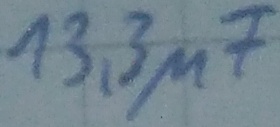
Text: 13,3µF